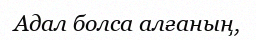
Адал болса алғаның,